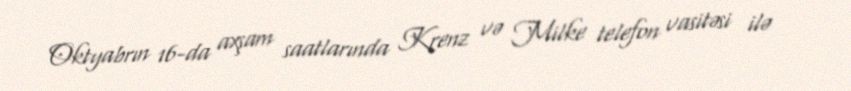
Oktyabrın 16-da axşam saatlarında Krenz və Milke telefon vasitəsi ilə